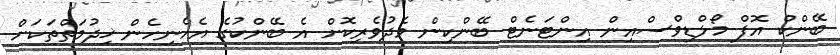
ބޭންކް އޮފް މޯލްޑިވްސްއިން އިންޓަނެޓް ބޭންކިން މެދުވެރިކޮށް އެ ބޭންކުގެ އެހެނިހެން ޚިދުމަތްތަކަށް